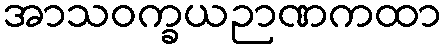
အာသဝက္ခယဉာဏကထာ